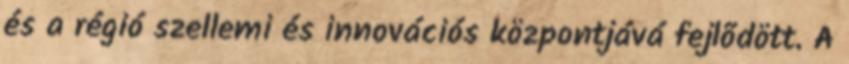
és a régió szellemi és innovációs központjává fejlõdött. A